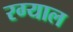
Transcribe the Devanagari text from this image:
रग्याल